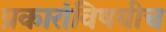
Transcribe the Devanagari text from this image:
प्रकारांविषयीच